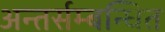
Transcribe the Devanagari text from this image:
अन्तर्सम्बन्धित